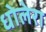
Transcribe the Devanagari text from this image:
धोलेरा